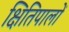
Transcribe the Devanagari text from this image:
क्षितिपालों